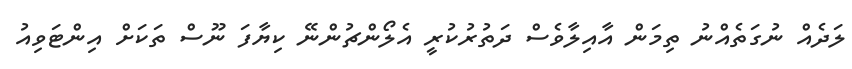
ލަދެއް ނުގަތެއްނު ތިމަން އާއިލާވެސް ދަތުރުކުރީ އެލޯންޗުންނޭ ކިޔާފަ ނޫސް ތަކަށް އިންޓަވިއު